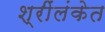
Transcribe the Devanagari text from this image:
श्रींलंकेत